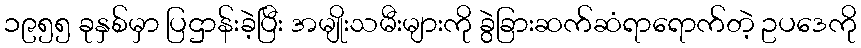
၁၉၅၅ ခုနှစ်မှာ ပြဌာန်းခဲ့ပြီး အမျိုးသမီးများကို ခွဲခြားဆက်ဆံရာရောက်တဲ့ ဥပဒေကို